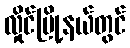
လှိုင်မြို့နယ်တွင်